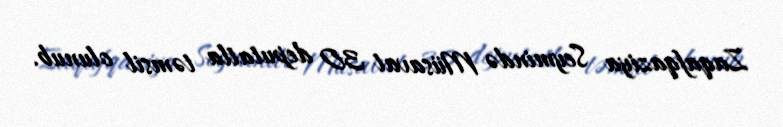
Zaqafqaziya Seymində Müsavat 30 deputatla təmsil olunub.